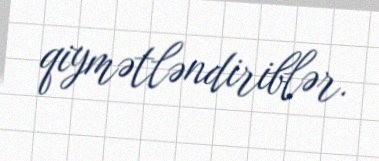
qiymətləndiriblər.